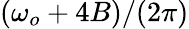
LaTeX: (\omega_{o}+4B)/(2\pi)